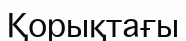
Қорықтағы